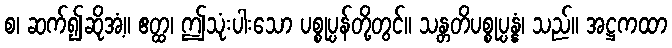
စ၊ ဆက်၍ဆိုအံ့။ ဧတ္ထ၊ ဤသုံးပါးသော ပစ္စုပ္ပန်တို့တွင်။ သန္တတိပစ္စုပ္ပန္နံ၊ သည်။ အဋ္ဌကထာ